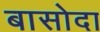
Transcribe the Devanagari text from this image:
बासोदा